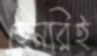
হেনরিই